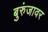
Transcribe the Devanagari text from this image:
बुरुंजावर